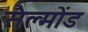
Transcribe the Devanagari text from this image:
सैल्मोंड